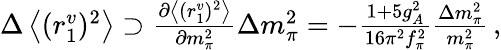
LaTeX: \begin{array}{r}{\Delta\left<(r_{1}^{v})^{2}\right>\supset\frac{\partial\left<(r_{1}^{v})^{2}\right>}{\partial m_{\pi}^{2}}\Delta m_{\pi}^{2}=-\frac{1+5g_{A}^{2}}{16\pi^{2}f_{\pi}^{2}}\frac{\Delta m_{\pi}^{2}}{m_{\pi}^{2}}\, ,}\end{array}